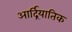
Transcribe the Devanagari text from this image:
आर्द्रियातिक